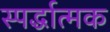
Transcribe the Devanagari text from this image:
स्पर्द्धात्मक